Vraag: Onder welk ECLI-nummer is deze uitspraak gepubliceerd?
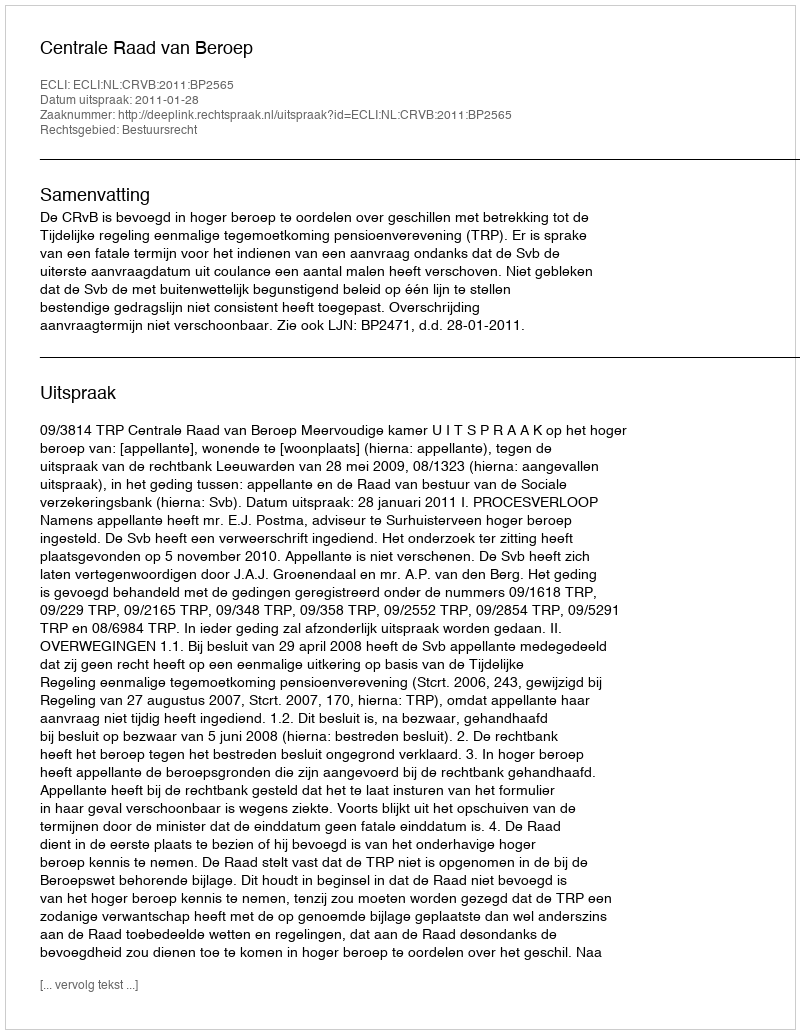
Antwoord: ECLI:NL:CRVB:2011:BP2565